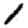
Digit: 1